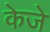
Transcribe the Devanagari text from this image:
केजे